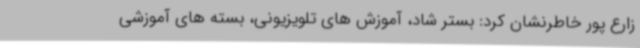
زارع پور خاطرنشان کرد: بستر شاد، آموزش های تلویزیونی، بسته های آموزشی